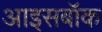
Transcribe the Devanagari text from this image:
आइसबॉक